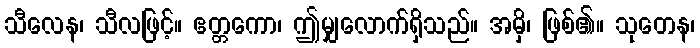
သီလေန၊ သီလဖြင့်။ ဧတ္တကော၊ ဤမျှလောက်ရှိသည်။ အမှိ၊ ဖြစ်၏။ သုတေန၊